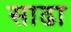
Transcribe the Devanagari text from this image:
साढा